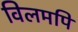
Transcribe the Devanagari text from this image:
विलमपि